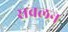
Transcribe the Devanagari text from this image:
सबलन